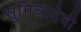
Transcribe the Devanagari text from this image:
सुमित्रादेवी